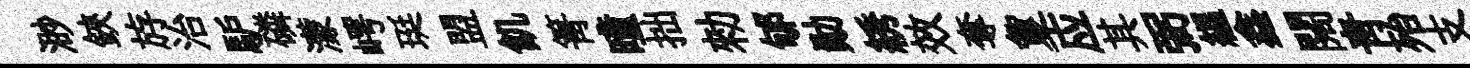
渺鋏斿治馿磷濛崿珽盟飢箐曈拙勑郇勛綉效奪夐应其弼緼鑫闊青殆支